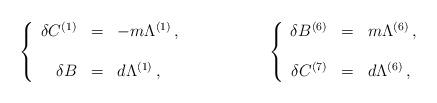
LaTeX: \begin{align*}\left\{\begin{array}{rcl}\delta C^{(1)} & = & -m\Lambda^{(1)}\, ,\\& & \\\delta B & = & d\Lambda^{(1)}\, ,\\\end{array}\right.\hspace{2cm}\left\{\begin{array}{rcl}\delta B^{(6)} & = & m\Lambda^{(6)}\, ,\\& & \\\delta C^{(7)} & = & d\Lambda^{(6)}\, ,\\ \end{array}\right.\end{align*}